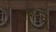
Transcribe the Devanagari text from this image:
प्रबन्द